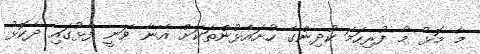
މާ މޮޅު މާ ފުރިހަމަ ކުދިންގެ ހުށައެޅުންތަކަށް އޭނާ ވަނީ ފާޅުގައި ދެކޮޅު